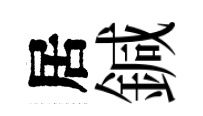
居鍼